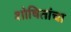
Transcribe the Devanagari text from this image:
शोषितांचा